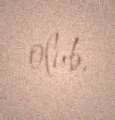
olub.